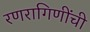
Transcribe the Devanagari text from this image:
रणरागिणींची